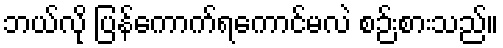
ဘယ်လို ပြန်ကောက်ရကောင်မလဲ စဉ်းစားသည်။